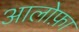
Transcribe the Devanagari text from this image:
आलोफ़ा